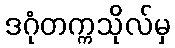
ဒဂုံတက္ကသိုလ်မှ